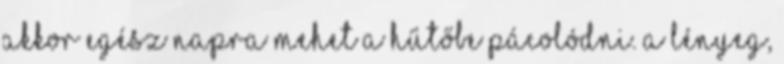
akkor egész napra mehet a hűtőbe pácolódni. A lényeg,